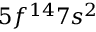
5 f ^ { 1 4 } 7 s ^ { 2 }